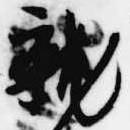
就